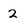
Character: 2